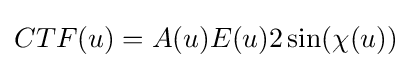
CTF(u)=A(u)E(u)2\sin(\chi (u))